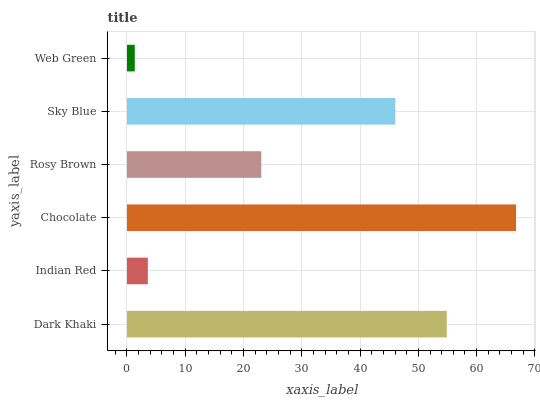
| yaxis_label | bars |
 | --- | --- |
 | Dark Khaki | 54.9 |
 | Indian Red | 3.58 |
 | Chocolate | 66.8 |
 | Rosy Brown | 23.1 |
 | Sky Blue | 46 |
 | Web Green | 1.34 |